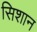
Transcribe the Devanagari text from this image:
सिशान